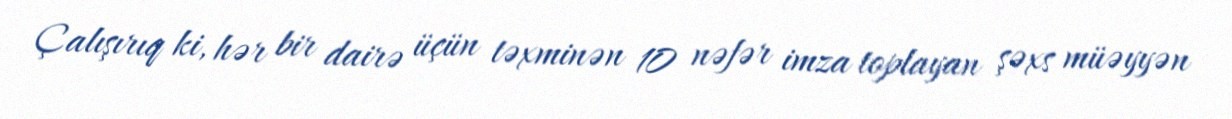
Çalışırıq ki, hər bir dairə üçün təxminən 10 nəfər imza toplayan şəxs müəyyən